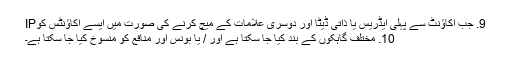
9. جب اکاؤنٹ سے پہلی ایڈریس یا ذاتی ڈیٹا اور دوسری علامات کے میچ کرنے کی صورت میں ایسے اکاؤنٹس کوIP
10. مختلف گاہکوں کے بند کیا جا سکتا ہے اور / یا بونس اور منافع کو منسوخ کیا جا سکتا ہے۔